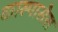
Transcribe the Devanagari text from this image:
कास्पासेस